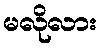
မလိုလား